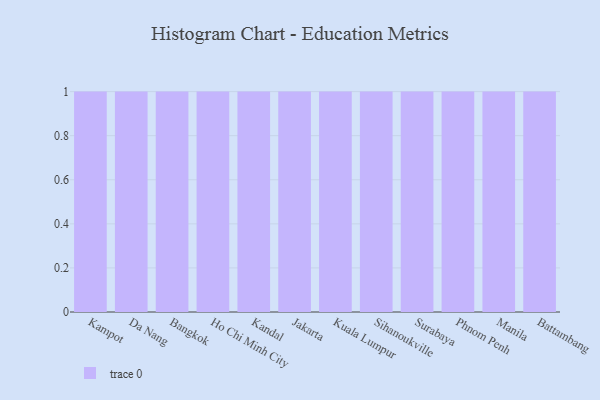
{"axis": {"x": "City", "y": "Backlog"}, "legend": [""], "data": [{"x": "Kampot", "y": 73, "type": ""}, {"x": "Da Nang", "y": 21, "type": ""}, {"x": "Bangkok", "y": 80, "type": ""}, {"x": "Ho Chi Minh City", "y": 86, "type": ""}, {"x": "Kandal", "y": 66, "type": ""}, {"x": "Jakarta", "y": 72, "type": ""}, {"x": "Kuala Lumpur", "y": 48, "type": ""}, {"x": "Sihanoukville", "y": 26, "type": ""}, {"x": "Surabaya", "y": 32, "type": ""}, {"x": "Phnom Penh", "y": 43, "type": ""}, {"x": "Manila", "y": 16, "type": ""}, {"x": "Battambang", "y": 42, "type": ""}]}